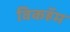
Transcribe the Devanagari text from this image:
विकहॅम